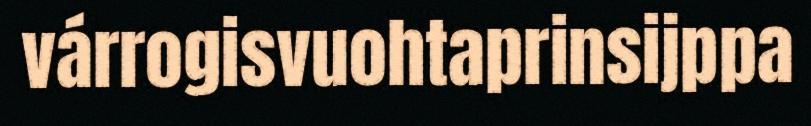
várrogisvuohtaprinsijppa